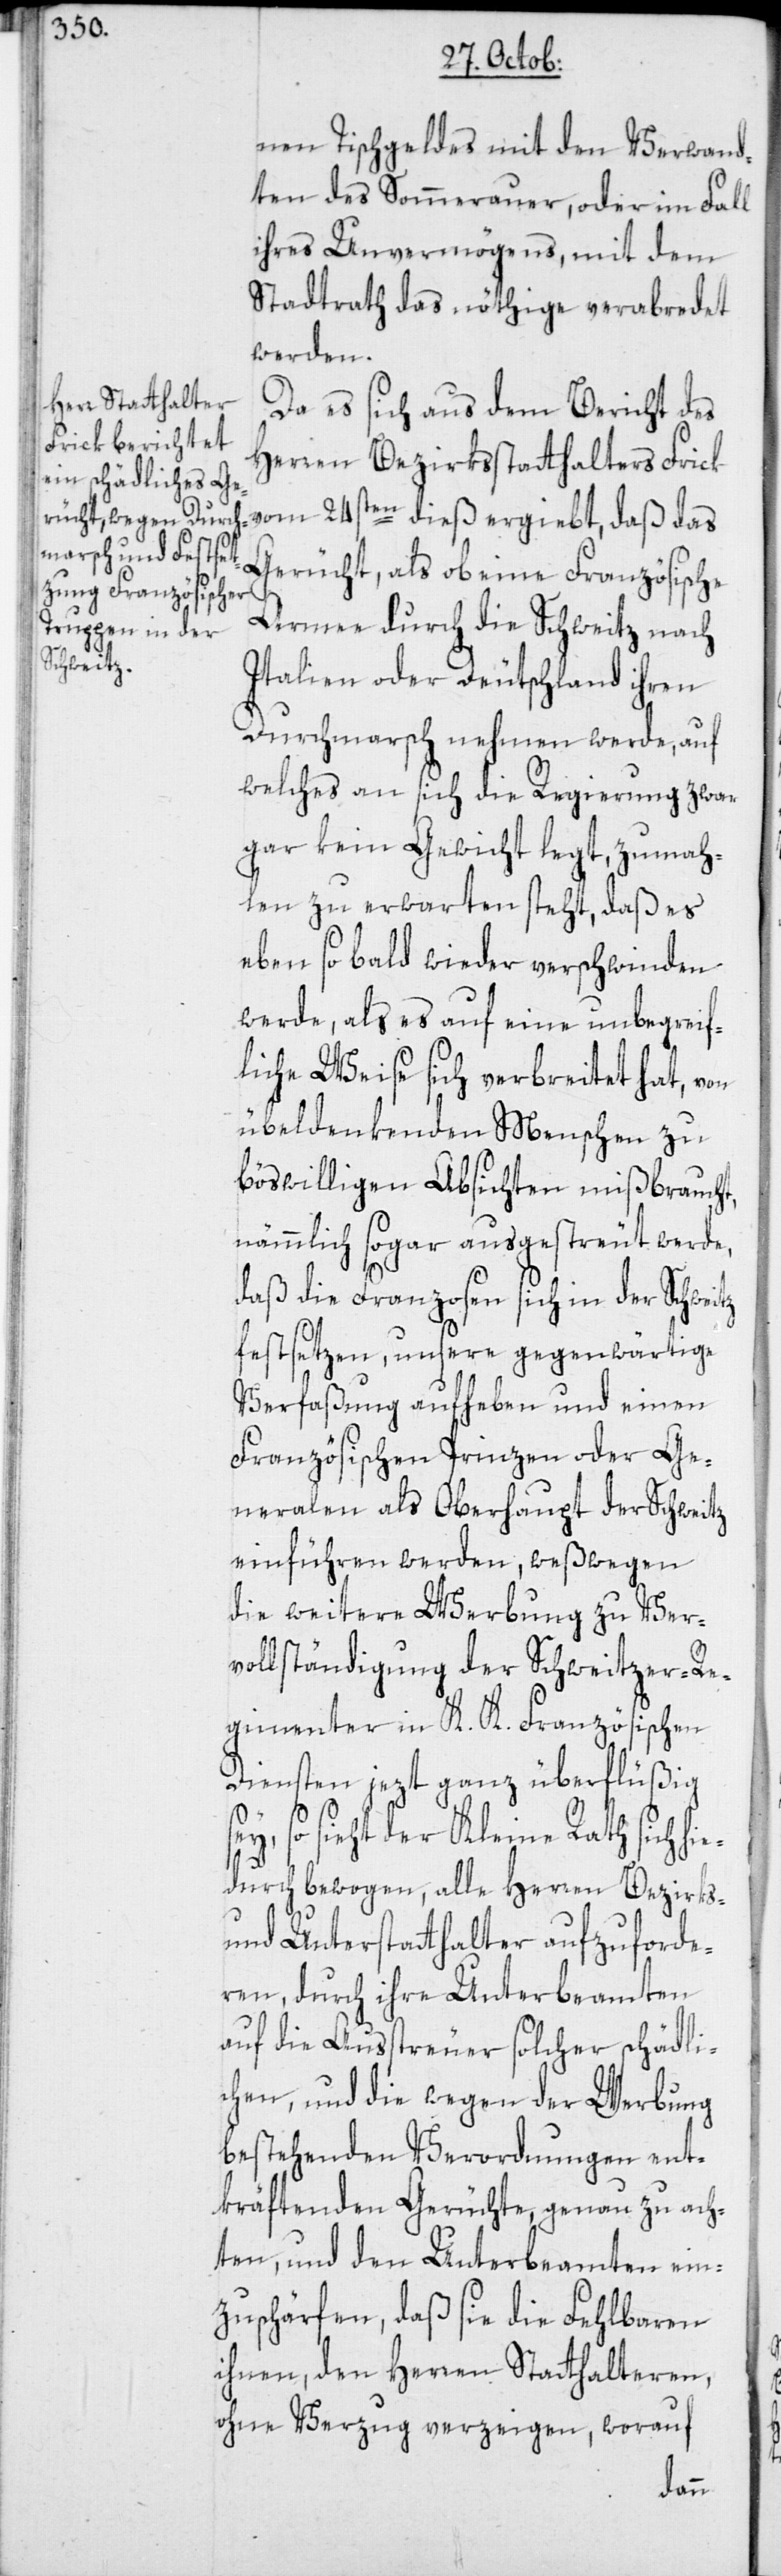
nen Tischgeldes mit den Verwand¬
ten des Sommerauer, oder im Fall
ihres Unvermögens, mit dem
Stadtrath das nöthige verabredet
werden.
Da es sich aus dem Bericht des
Herren Bezirksstatthalters Frick
vom 24sten dieß ergiebt, daß das
Gerücht, als ob eine Französische
Armee durch die Schweitz nach
Italien oder Deutschland ihren
Durchmarsch nehmen werde, auf
welches an sich die Regierung zwar
gar kein Gewicht legt, zumah¬
len zu erwarten steht, daß es
eben so bald wieder verschwinden
werde, als es auf eine unbegreif¬
liche Weise sich verbreitet hat, von
übeldenkenden Menschen zu
böswilligen Absichten mißbraucht,
nämmlich sogar ausgestreut werde,
daß die Franzosen sich in der Schweitz
festsetzen, unsere gegenwärtige
Verfaßung aufheben und einen
Französischen Prinzen oder Ge¬
neralen als Oberhaupt der Schweitz
einführen werden, weßwegen
die weitere Werbung zu Ver¬
vollständigung der Schweitzer-Re¬
gimenter in K. K. Französischen
Diensten jezt ganz überflüßig
ey, so sieht der Kleine Rath sich hie¬
durch bewogen, alle Herren Bezirks-
und Unterstatthalter aufzuforde¬
ren, durch ihre Unterbeamten
auf die Ausstreuer solcher schädli¬
chen, und die wegen der Werbung
bestehenden Verordnungen ent¬
kräftenden Gerüchte, genau zu ach¬
ten, und den Unterbeamten ein¬
zuschärfen, daß sie die Fehlbaren
ihnen, den Herren Statthalteren,
ohne Verzug verzeigen, worauf
s¬